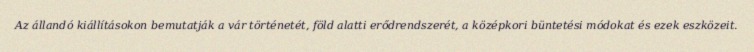
Az állandó kiállításokon bemutatják a vár történetét, föld alatti erődrendszerét, a középkori büntetési módokat és ezek eszközeit.